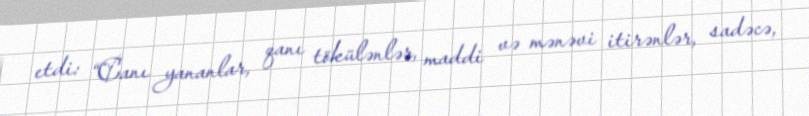
etdi: “Canı yananlar, qanı tökülənlər, maddi və mənəvi itirənlər, sadəcə,